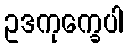
ဥဒကုက္ခေပါ